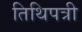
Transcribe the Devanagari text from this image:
तिथिपत्री